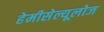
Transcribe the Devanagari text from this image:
हेमीसेल्यूलोज